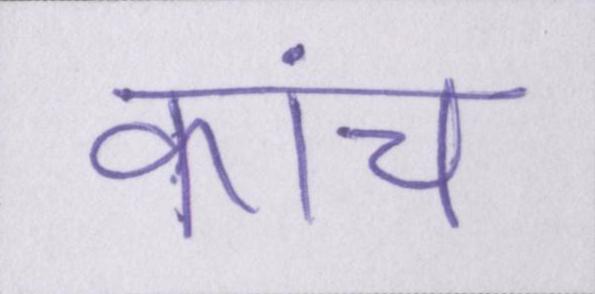
कांच